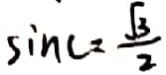
\sin C = \frac { \sqrt { 3 } } { 2 }